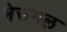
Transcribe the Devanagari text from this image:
भेरूमल